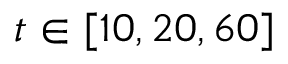
t \in [ 1 0 , 2 0 , 6 0 ]